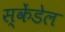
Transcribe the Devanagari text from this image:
स्केंडेल